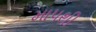
માપથી